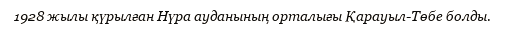
1928 жылы қүрылған Нүра ауданының орталығы Қарауыл-Төбе болды.